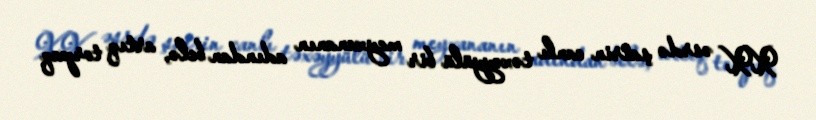
XX əsrdə şairin canlı təxəyyülü bir meyxananın adından belə, artıq torpaq